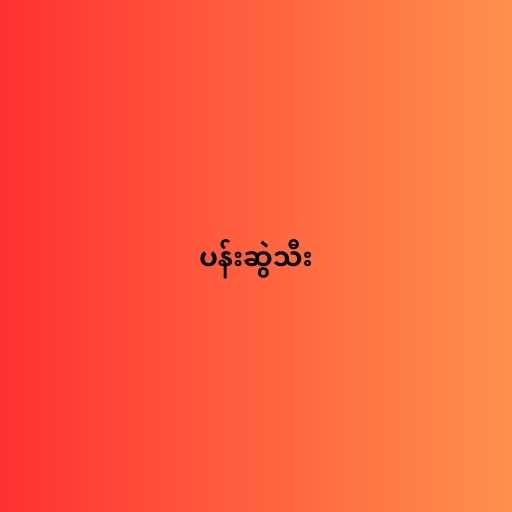
ပန်းဆွဲသီး